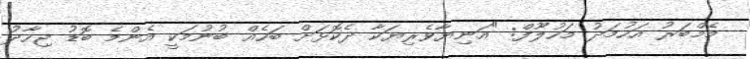
މެމްބަރު އަހުމަދު މަހުލޫފް: "އަނިޔާވެރިޔަކާ ދެކޮޅަށް ބަހެއް ބުނުމަކީ އެންމެ ބޮޑު ޖިހާދު